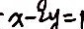
x - 2 y = 1